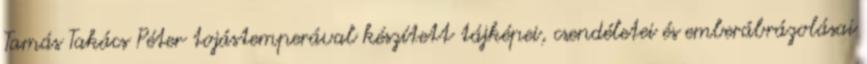
Tamás Takács Péter tojástemperával készített tájképei, csendéletei és emberábrázolásai